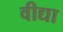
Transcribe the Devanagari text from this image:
वीद्या